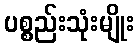
ပစ္စည်းသုံးမျိုး